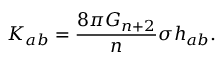
K _ { a b } = \frac { 8 \pi G _ { n + 2 } } { n } \sigma h _ { a b } .